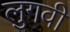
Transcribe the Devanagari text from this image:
लुगवी